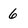
Character: 6